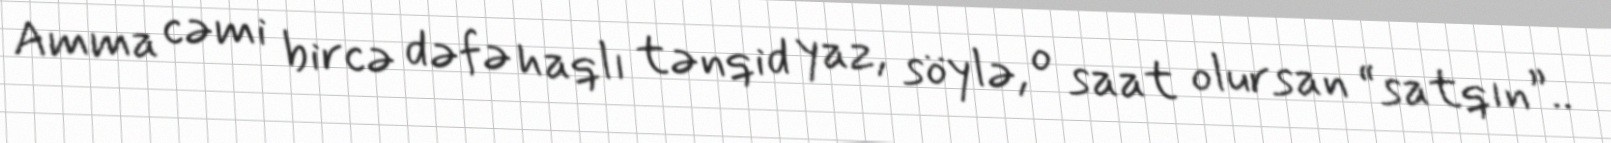
Amma cəmi bircə dəfə haqlı tənqid yaz, söylə, o saat olursan “satqın”..